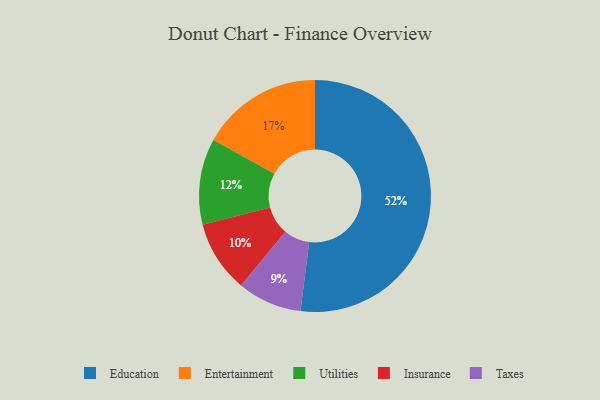
{"axis": {"x": "Category", "y": "Percentage"}, "legend": ["Education", "Entertainment", "Insurance", "Taxes", "Utilities"], "data": [{"x": "Education", "y": 52, "type": "Education"}, {"x": "Insurance", "y": 10, "type": "Insurance"}, {"x": "Taxes", "y": 9, "type": "Taxes"}, {"x": "Entertainment", "y": 17, "type": "Entertainment"}, {"x": "Utilities", "y": 12, "type": "Utilities"}]}